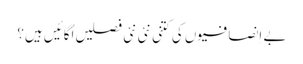
بے اِنصافیوں کی کتنی نئی نئی فصلیں اُگائیں ہیں؟